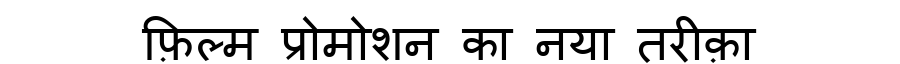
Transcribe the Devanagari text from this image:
फ़िल्म प्रोमोशन का नया तरीक़ा